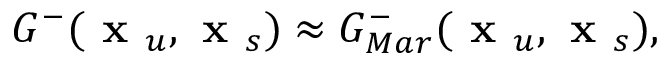
G ^ { - } ( \textbf { x } _ { u } , \textbf { x } _ { s } ) \approx G _ { M a r } ^ { - } ( \textbf { x } _ { u } , \textbf { x } _ { s } ) ,